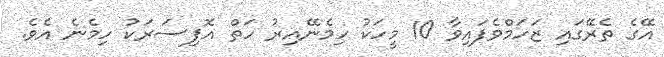
އޭގެ ތެރޭގައި ޒަހަމްވެފައިވާ 10 މީހަކު ހިމެނޭއިރު ހަތް އޮފިސަރަކު ހިމެނެ އެވެ.